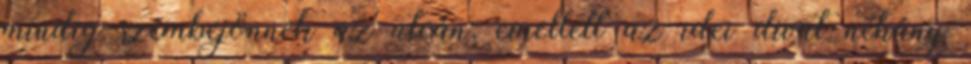
mindig szembejönnek az utcán; emellett az idei divat néhány